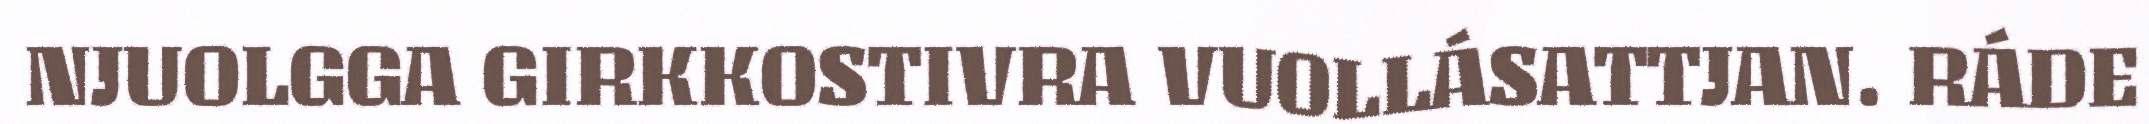
NJUOLGGA GIRKKOSTIVRA VUOLLÁSATTJAN. RÁDE